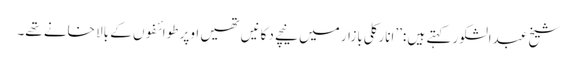
شیخ عبدالشکور کہتے ہیں :’’انارکلی بازار میں نیچے دکانیں تھیں اوپر طوائفوں کے بالا خانے تھے۔